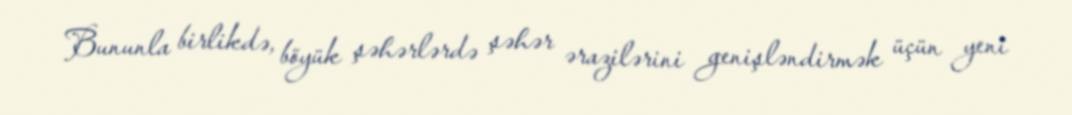
Bununla birlikdə, böyük şəhərlərdə şəhər ərazilərini genişləndirmək üçün yeni